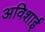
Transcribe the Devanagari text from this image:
अविशाई